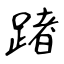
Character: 躇